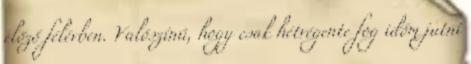
előző félévben. Valószínű, hogy csak hétvégente fog időm jutni